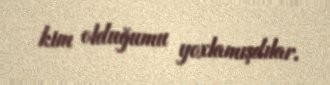
kim olduğumu yoxlamışdılar.